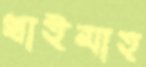
খাইমাহ